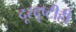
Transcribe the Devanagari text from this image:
दूरदृष्टीही